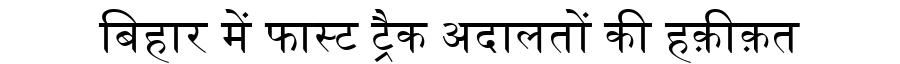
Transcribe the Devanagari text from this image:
बिहार में फास्ट ट्रैक अदालतों की हक़ीक़त